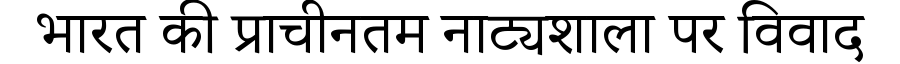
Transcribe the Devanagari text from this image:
भारत की प्राचीनतम नाट्यशाला पर विवाद